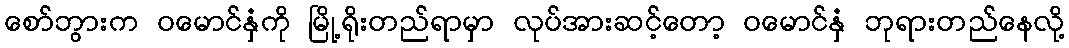
စော်ဘွားက ဝမောင်နှံကို မြို့ရိုးတည်ရာမှာ လုပ်အားဆင့်တော့ ဝမောင်နှံ ဘုရားတည်နေလို့